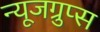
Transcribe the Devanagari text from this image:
न्यूजग्रुप्स